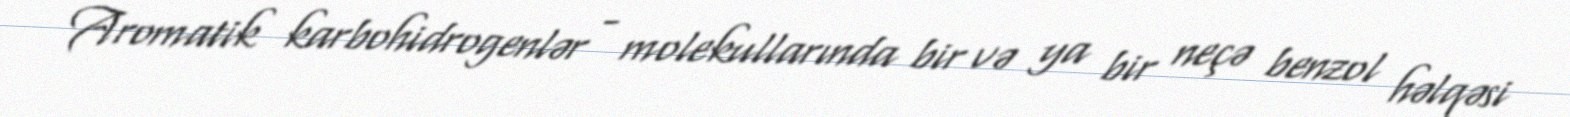
Aromatik karbohidrogenlər - molekullarında bir və ya bir neçə benzol həlqəsi